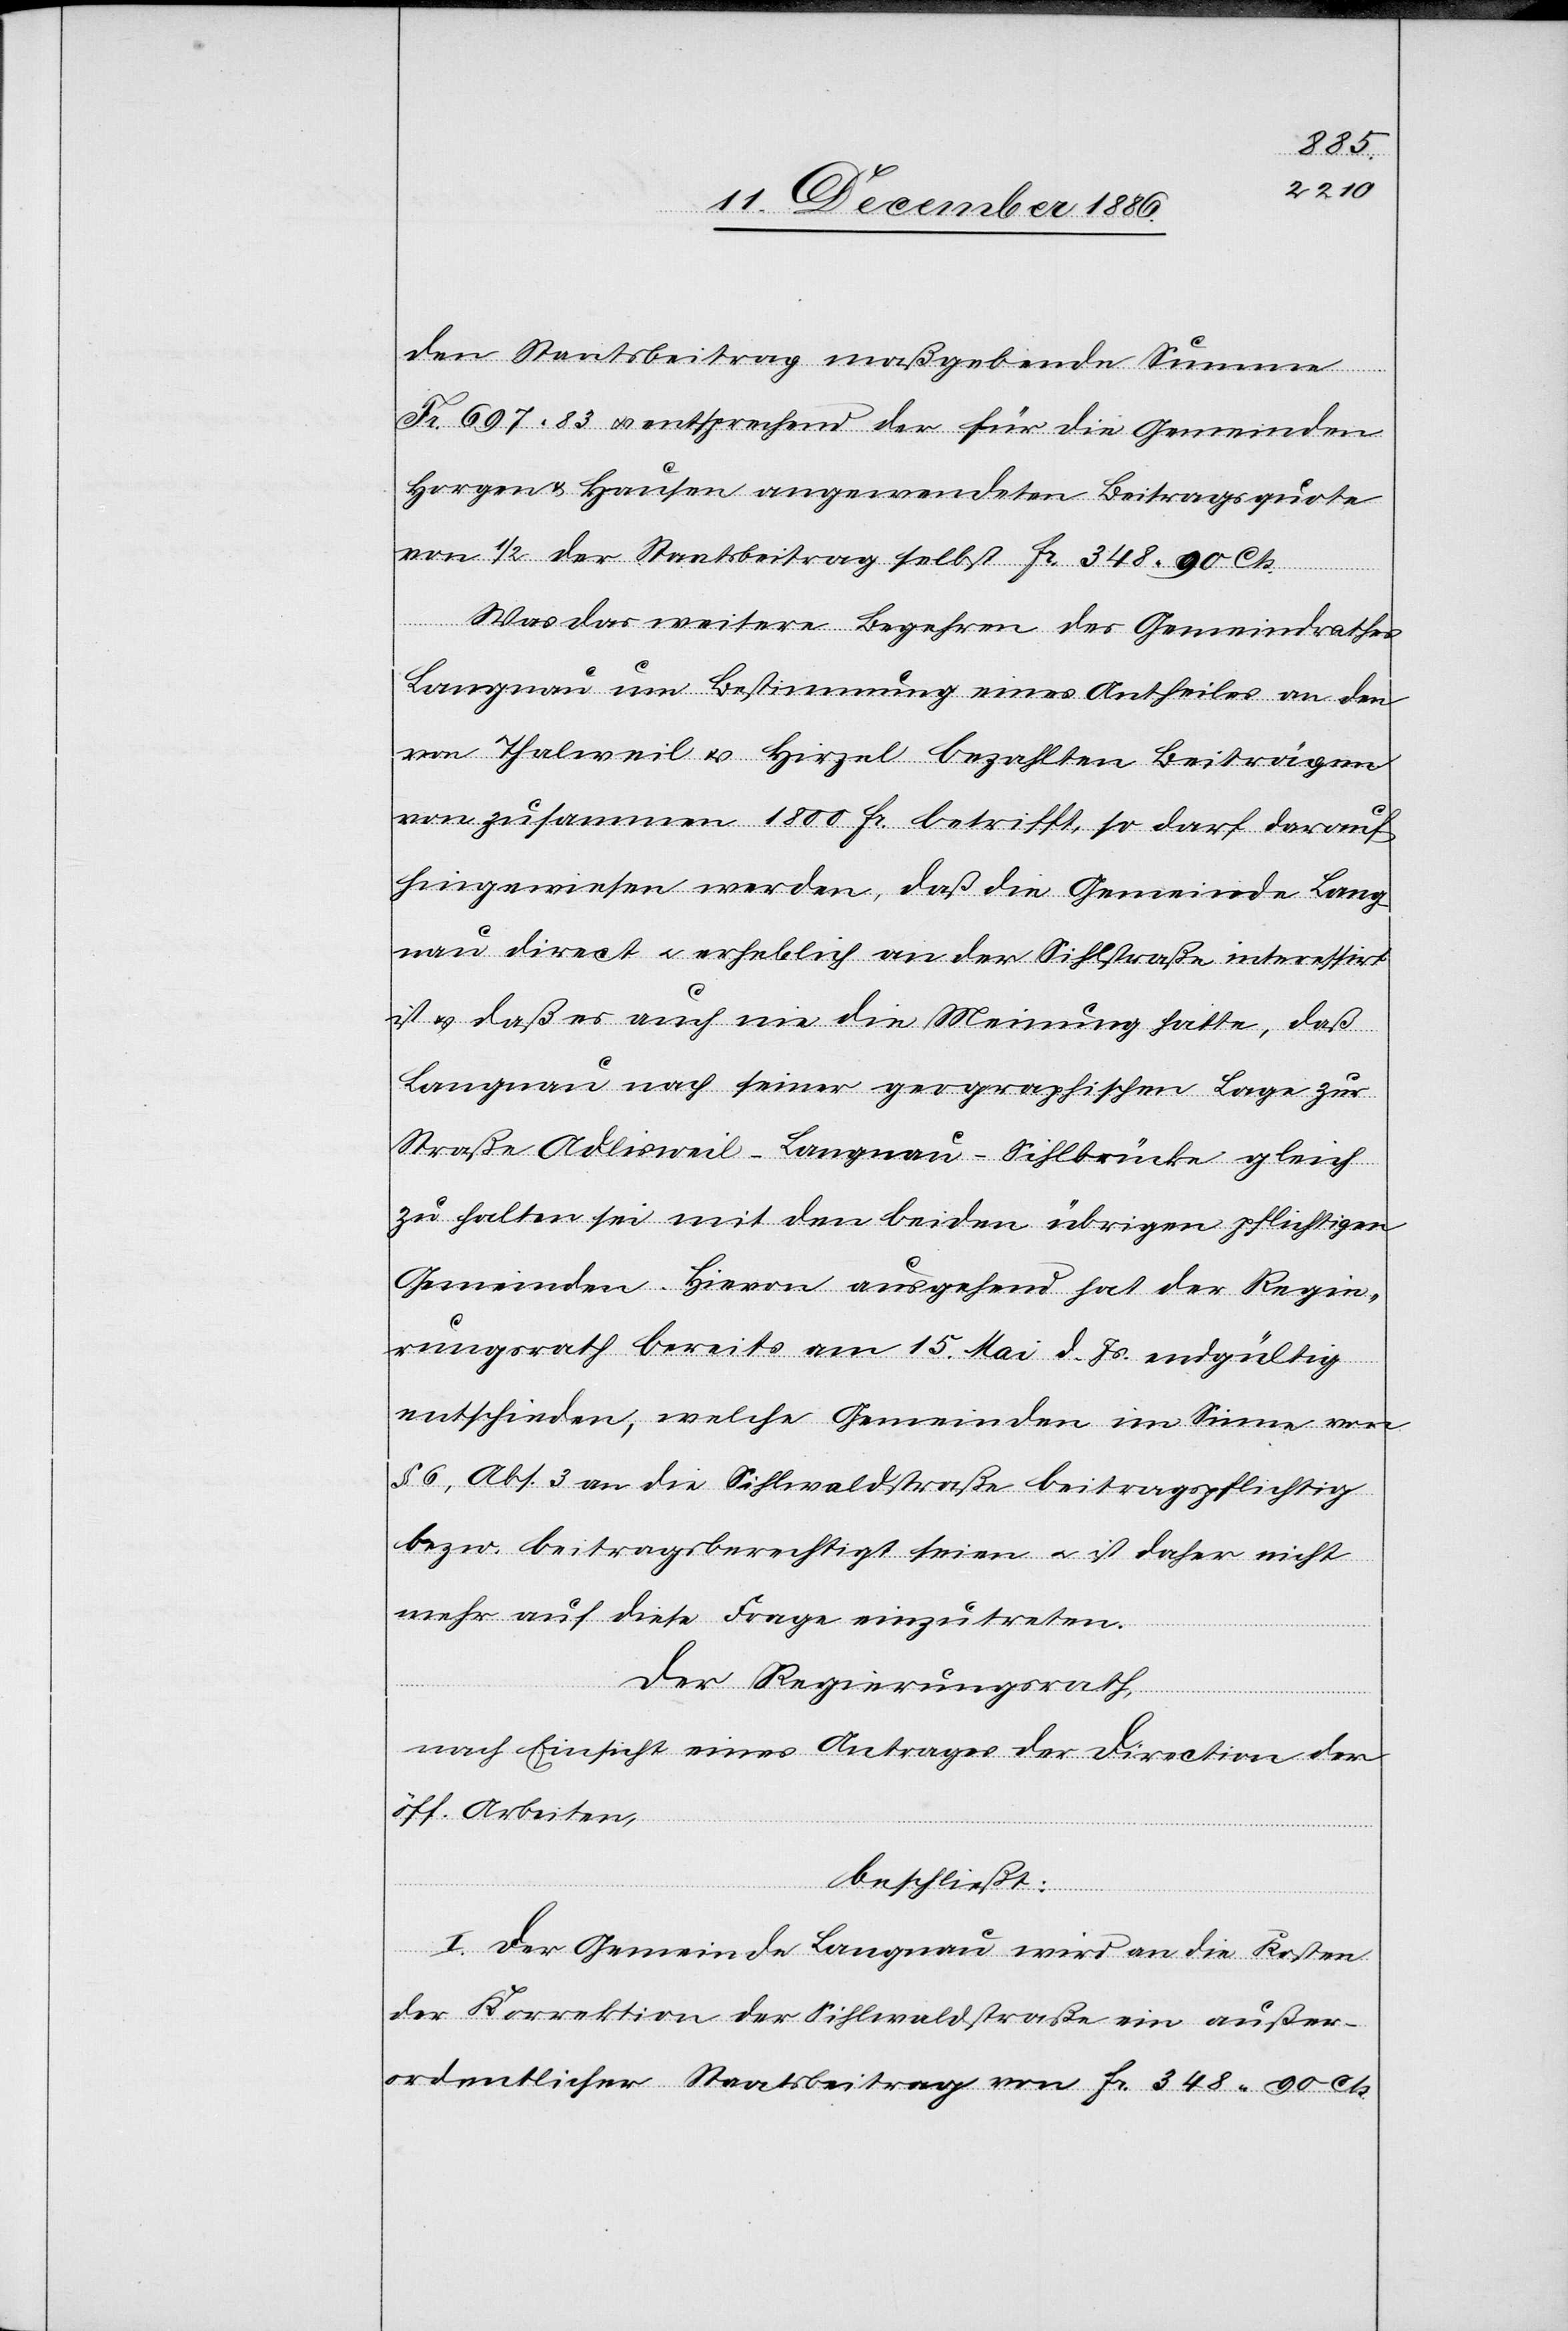
den Staatsbeitrag maßgebende Summe
Fr. 697 83 & entsprechend der für die Gemeinden
Horgen & Hausen angewendeten Beitragsquote
von 1/2 der Staatsbeitrag selbst Fr. 348 90 Cts.
Was das weitere Begehren des Gemeindrathes
Langnau um Bestimmung eines Antheiles an den
von Thalweil & Hirzel bezahlten Beiträgen
von zusammen 1800 Fr. betrifft, so darf darauf
hingewiesen werden, daß die Gemeinde Lang¬
nau direct & erheblich an der Sihlstraße interessirt
ist & daß es auch nie die Meinung hatte, daß
Langnau nach seiner geographischen Lage zur
Straße Adlisweil–Langnau–Sihlbrücke gleich
zu halten sei mit den beiden übrigen pflichtigen
Gemeinden. Hievon ausgehend hat der Regie¬
rungsrath bereits am 15. Mai d. Js. endgültig
entschieden, welche Gemeinden im Sinne von
§ 6, Abs. 3 an die Sihlwaldstraße beitragspflichtig
bezw. beitragsberechtigt seien & ist daher nicht
mehr auf diese Frage einzutreten.
Der Regierungsrath,
nach Einsicht eines Antrages der Direction der
öff. Arbeiten,
beschließt:
I. Der Gemeinde Langnau wird an die Kosten
der Korrektion der Sihlwaldstraße ein außer¬
ordentlicher Staatsbeitrag von Fr. 348 90 Cts.